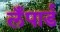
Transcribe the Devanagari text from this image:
लँपार्ड